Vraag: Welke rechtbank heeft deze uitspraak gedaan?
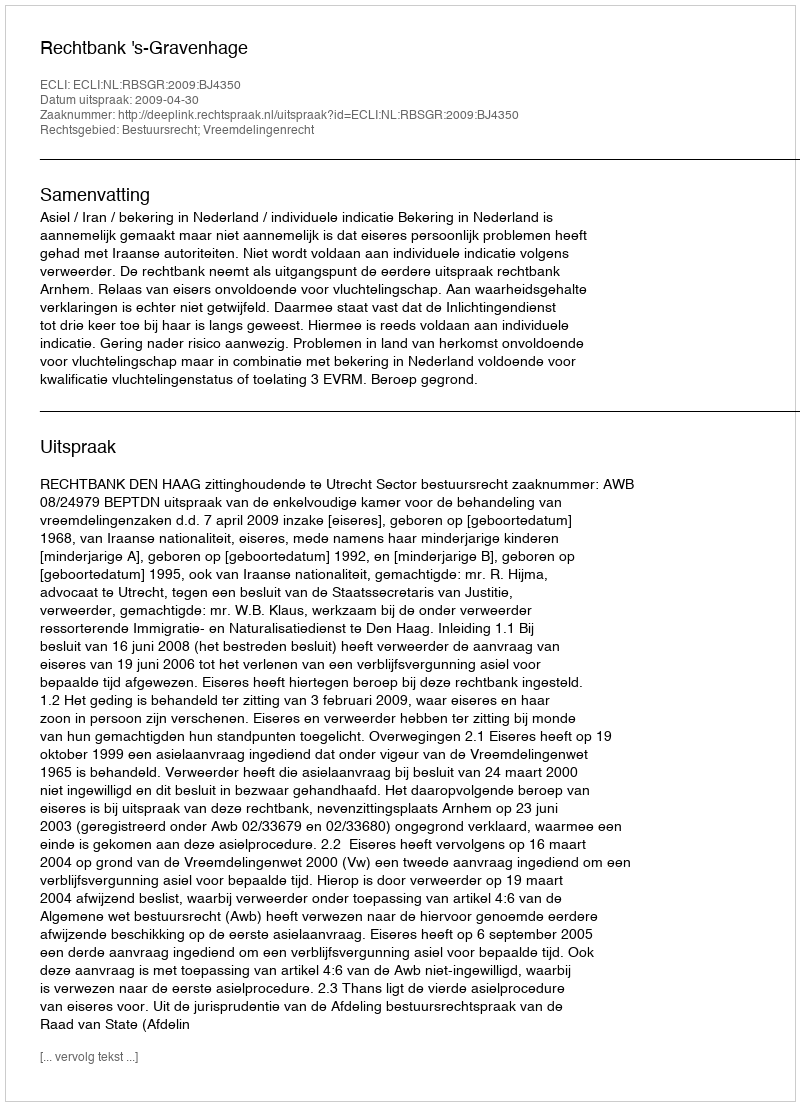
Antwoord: Rechtbank 's-Gravenhage